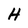
Character: H